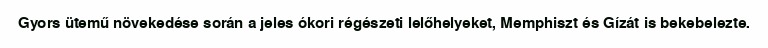
Gyors ütemű növekedése során a jeles ókori régészeti lelőhelyeket, Memphiszt és Gízát is bekebelezte.